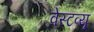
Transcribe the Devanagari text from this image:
वेस्टव्यू